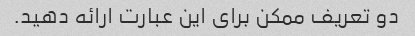
دو تعریف ممکن برای این عبارت ارائه دهید.